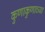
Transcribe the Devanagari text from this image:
कुणाकुणाच्या